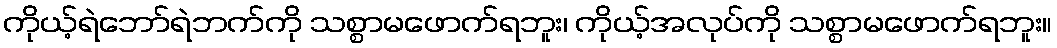
ကိုယ့်ရဲဘော်ရဲဘက်ကို သစ္စာမဖောက်ရဘူး၊ ကိုယ့်အလုပ်ကို သစ္စာမဖောက်ရဘူး။